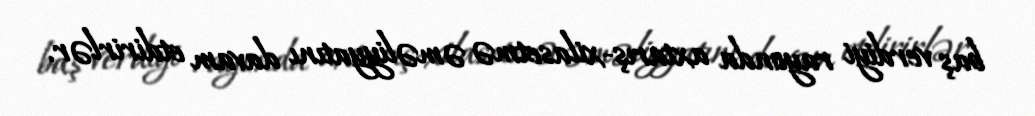
baş verdiyi rayonda axtarış-xilasetmə əməliyyatını davam etdirirlər.